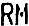
RM